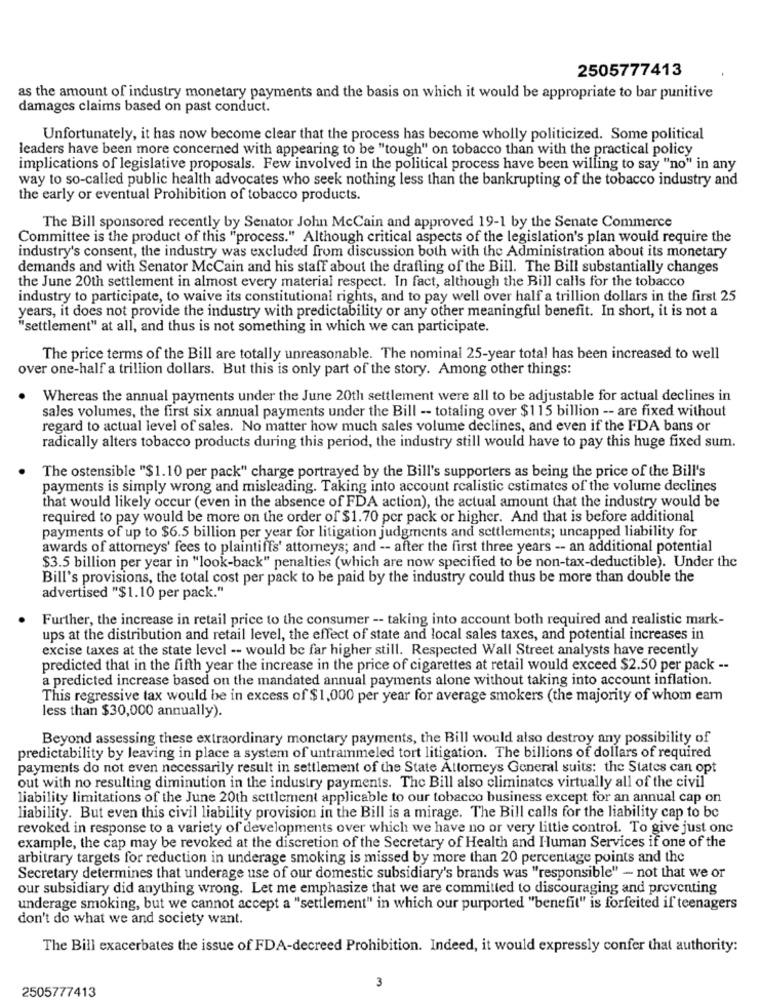
2505777413
as the amount of industry monetary payments and the basis on which it would be appropriate to bar punitive
damages claims based on past conduct.
Unfortunately, it has now become clear that the process has become wholly politicized. Some political
leaders have been more concerned with appearing to be "tough" on tobacco than with the practical policy
implications of legislative proposals. Few involved in the political process have been willing to say "no" in any
way to so-called public health advocates who seek nothing less than the bankrupting of the tobacco industry and
the early or eventual Prohibition of tobacco products.
The Bill sponsored recently by Senator John McCain and approved 19-1 by the Senate Commerce
Committee is the product of this "process." Although critical aspects of the legislation's plan would require the
industry's consent, the industry was excluded from discussion both with the Administration about its monetary
demands and with Senator McCain and his staff about the drafting of the Bill. The Bill substantially changes
the June 20th settlement in almost every material respect. In fact, although the Bill calls for the tobacco
industry to participate, to waive its constitutional rights, and to pay well over half a trillion dollars in the first 25
years, it does not provide the industry with predictability or any other meaningful benefit. In short, it is not a
"settlement" at all, and thus is not something in which we can participate.
The price terms of the Bill are totally unreasonable. The nominal 25-year total has been increased to well
over one-half a trillion dollars. But this is only part of the story. Among other things:
Whereas the annual payments under the June 20th settlement were all to be adjustable for actual declines in
sales volumes, the first six annual payments under the Bill -- totaling over $115 billion -- are fixed without
regard to actual level of sales. No matter how much sales volume declines, and even if the FDA bans or
radically alters tobacco products during this period, the industry still would have to pay this huge fixed sum.
The ostensible "$1.10 per pack" charge portrayed by the Bill's supporters as being the price of the Bill's
payments is simply wrong and misleading. Taking into account realistic estimates of the volume declines
that would likely occur (even in the absence of FDA action), the actual amount that the industry would be
required to pay would be more on the order of $1.70 per pack or higher. And that is before additional
payments of up to $6.5 billion per year for litigation judgments and settlements; uncapped liability for
awards of attorneys' fees to plaintiffs' attorneys; and -- after the first three years -- an additional potential
$3.5 billion per year in "look-back" penalties (which are now specified to be non-tax-deductible). Under the
Bill's provisions, the total cost per pack to be paid by the industry could thus be more than double the
advertised "$1.10 per pack."
Further, the increase in retail price to the consumer -- taking into account both required and realistic mark-
ups at the distribution and retail level, the effect of state and local sales taxes, and potential increases in
excise taxes at the state level -- would be far higher still. Respected Wall Street analysts have recently
predicted that in the fifth year the increase in the price of cigarettes at retail would exceed $2.50 per pack --
a predicted increase based on the mandated annual payments alone without taking into account inflation.
This regressive tax would be in excess of $1,000 per year for average smokers (the majority of whom eam
less than $30,000 annually).
Beyond assessing these extraordinary monetary payments, the Bill would also destroy any possibility of
predictability by leaving in place a system of untrammeled tort litigation. The billions of dollars of required
payments do not even necessarily result in settlement of the State Attorneys General suits: the States can opt
out with no resulting diminution in the industry payments. The Bill also eliminates virtually all of the civil
liability limitations of the June 20th settlement applicable to our tobacco business except for an annual cap on
liability. But even this civil liability provision in the Bill is a mirage. The Bill calls for the liability cap to be
revoked in response to a variety of developments over which we have no or very little control. To give just one
example, the cap may be revoked at the discretion of the Secretary of Health and Human Services if one of the
arbitrary targets for reduction in underage smoking is missed by more than 20 percentage points and the
Secretary determines that underage use of our domestic subsidiary's brands was "responsible" - not that we or
our subsidiary did anything wrong. Let me emphasize that we are committed to discouraging and preventing
underage smoking, but we cannot accept a "settlement" in which our purported "benefit" is forfeited if teenagers
don't do what we and society want.
The Bill exacerbates the issue of FDA-decreed Prohibition. Indeed, it would expressly confer that authority:
3
2505777413